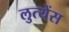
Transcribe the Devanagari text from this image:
लुत्येंस